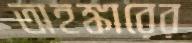
অহঙ্কারের